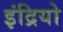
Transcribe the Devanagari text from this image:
इंद्रियो